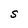
Character: S